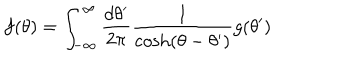
LaTeX: f ( \theta ) = \int _ { - \infty } ^ { \infty } { \frac { d \theta ^ { \prime } } { 2 \pi } } { \frac { 1 } { \cosh ( \theta - \theta ^ { \prime } ) } } g ( \theta ^ { \prime } )